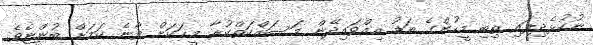
ނުކުޅެދިފައި ތިބި މީހުންގެ އަޑު އިއްވައިދޭން މަސައްކަތްކުރާ މީހަކަށް ވާނެ ކަމަށް ބުންޏެވެ.